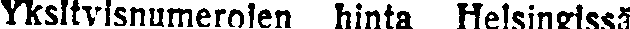
Yksityisnumerojen hinta Helsingissä